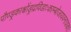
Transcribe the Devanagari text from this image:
पौण्ड्रकाश्चोंड्रद्रविडाःकाम्बोजायवनाशकाः